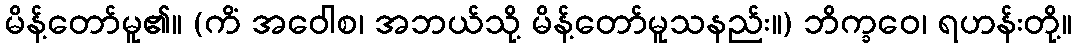
မိန့်တော်မူ၏။ (ကိံ အဝေါစ၊ အဘယ်သို့ မိန့်တော်မူသနည်း။) ဘိက္ခဝေ၊ ရဟန်းတို့။